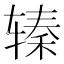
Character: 𰺖